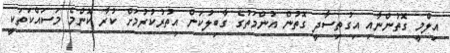
އިލްމީ ގޮތުންނާއި އިގުތިސާދީ ގޮތުން އުންމަތުގެ ގާބިލުކަން އިތުރުކުރުމަށް ކުރާ ކޮންމެ މަސައްކަތަކީ